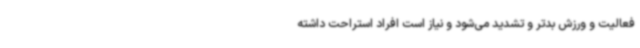
فعالیت و ورزش بدتر و تشدید می‌شود و نیاز است افراد استراحت داشته